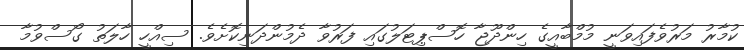
ކުމާރު މަރުވެފައިވަނީ މުމްބާއީގެ ހިންދޫޖާ ހޮސްޕިޓަލުގައި ފަރުވާ ދެމުންދަނިކޮށެވެ. ސިއްހީ ހާލަތު ގޯސްވުމާ